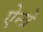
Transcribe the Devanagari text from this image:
ऐन्त्रे